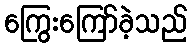
ကြွေးကြော်ခဲ့သည်